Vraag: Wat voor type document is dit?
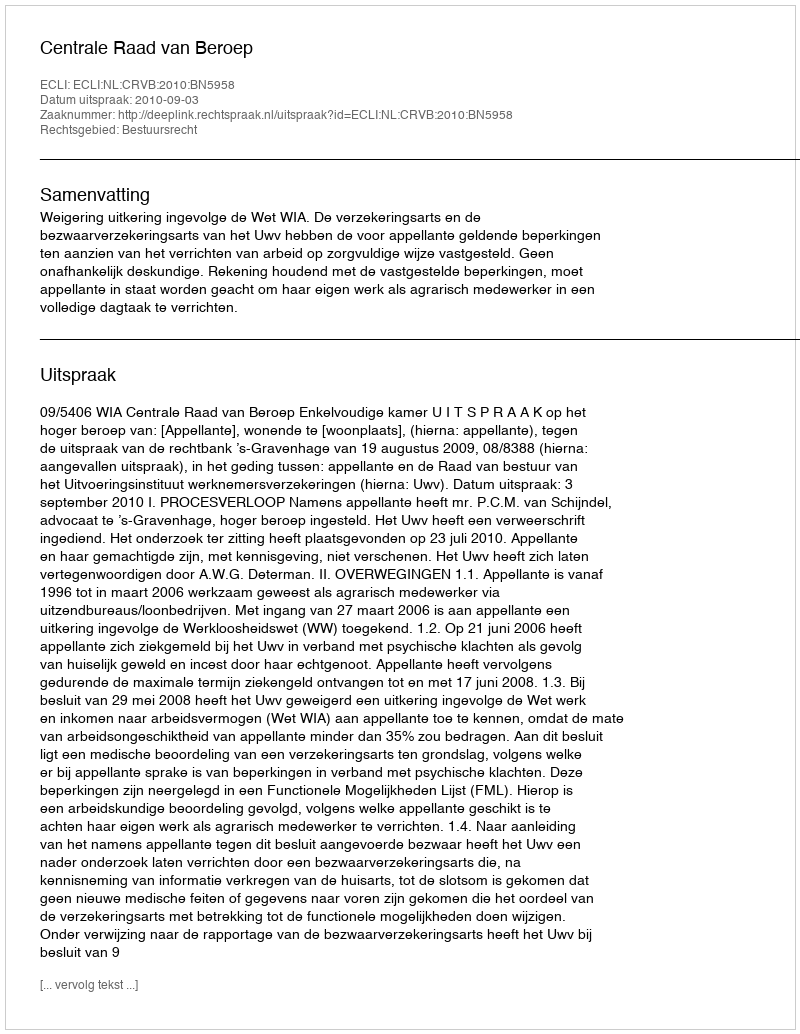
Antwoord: Uitspraak